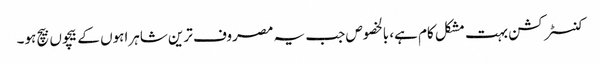
کنسٹرکشن بہت مشکل کام ہے، بالخصوص جب یہ مصروف ترین شاہراہوں کے بیچوں بیچ ہو۔